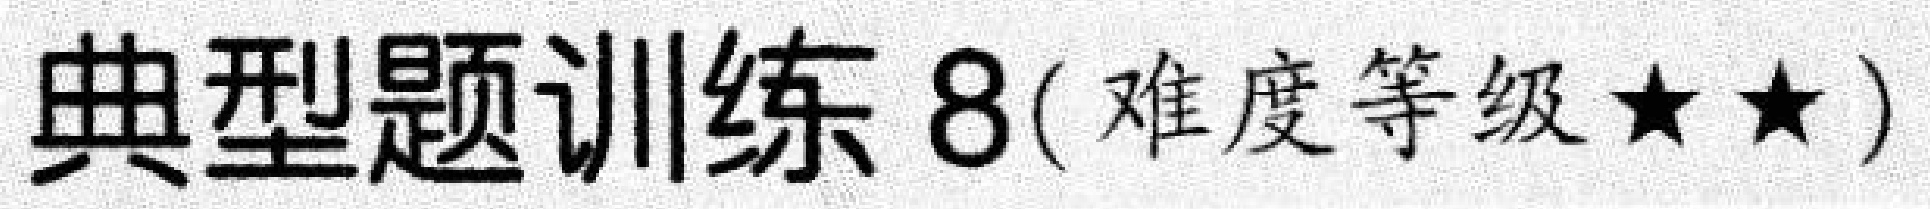
典型题训练 8(难度等级$\star\star$)